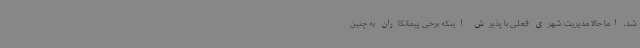
شد، اما حالا مدیریت شهری فعلی با پذیرش اینکه برخی پیمانکاران به چنین